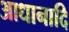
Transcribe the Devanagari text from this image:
आधानादि